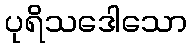
ပုရိသဒေါသော